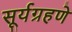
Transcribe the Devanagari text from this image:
सूर्यग्रहणे